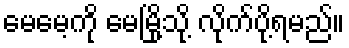
မေမေ့ကို မေမြို့သို့ လိုက်ပို့ရမည်။